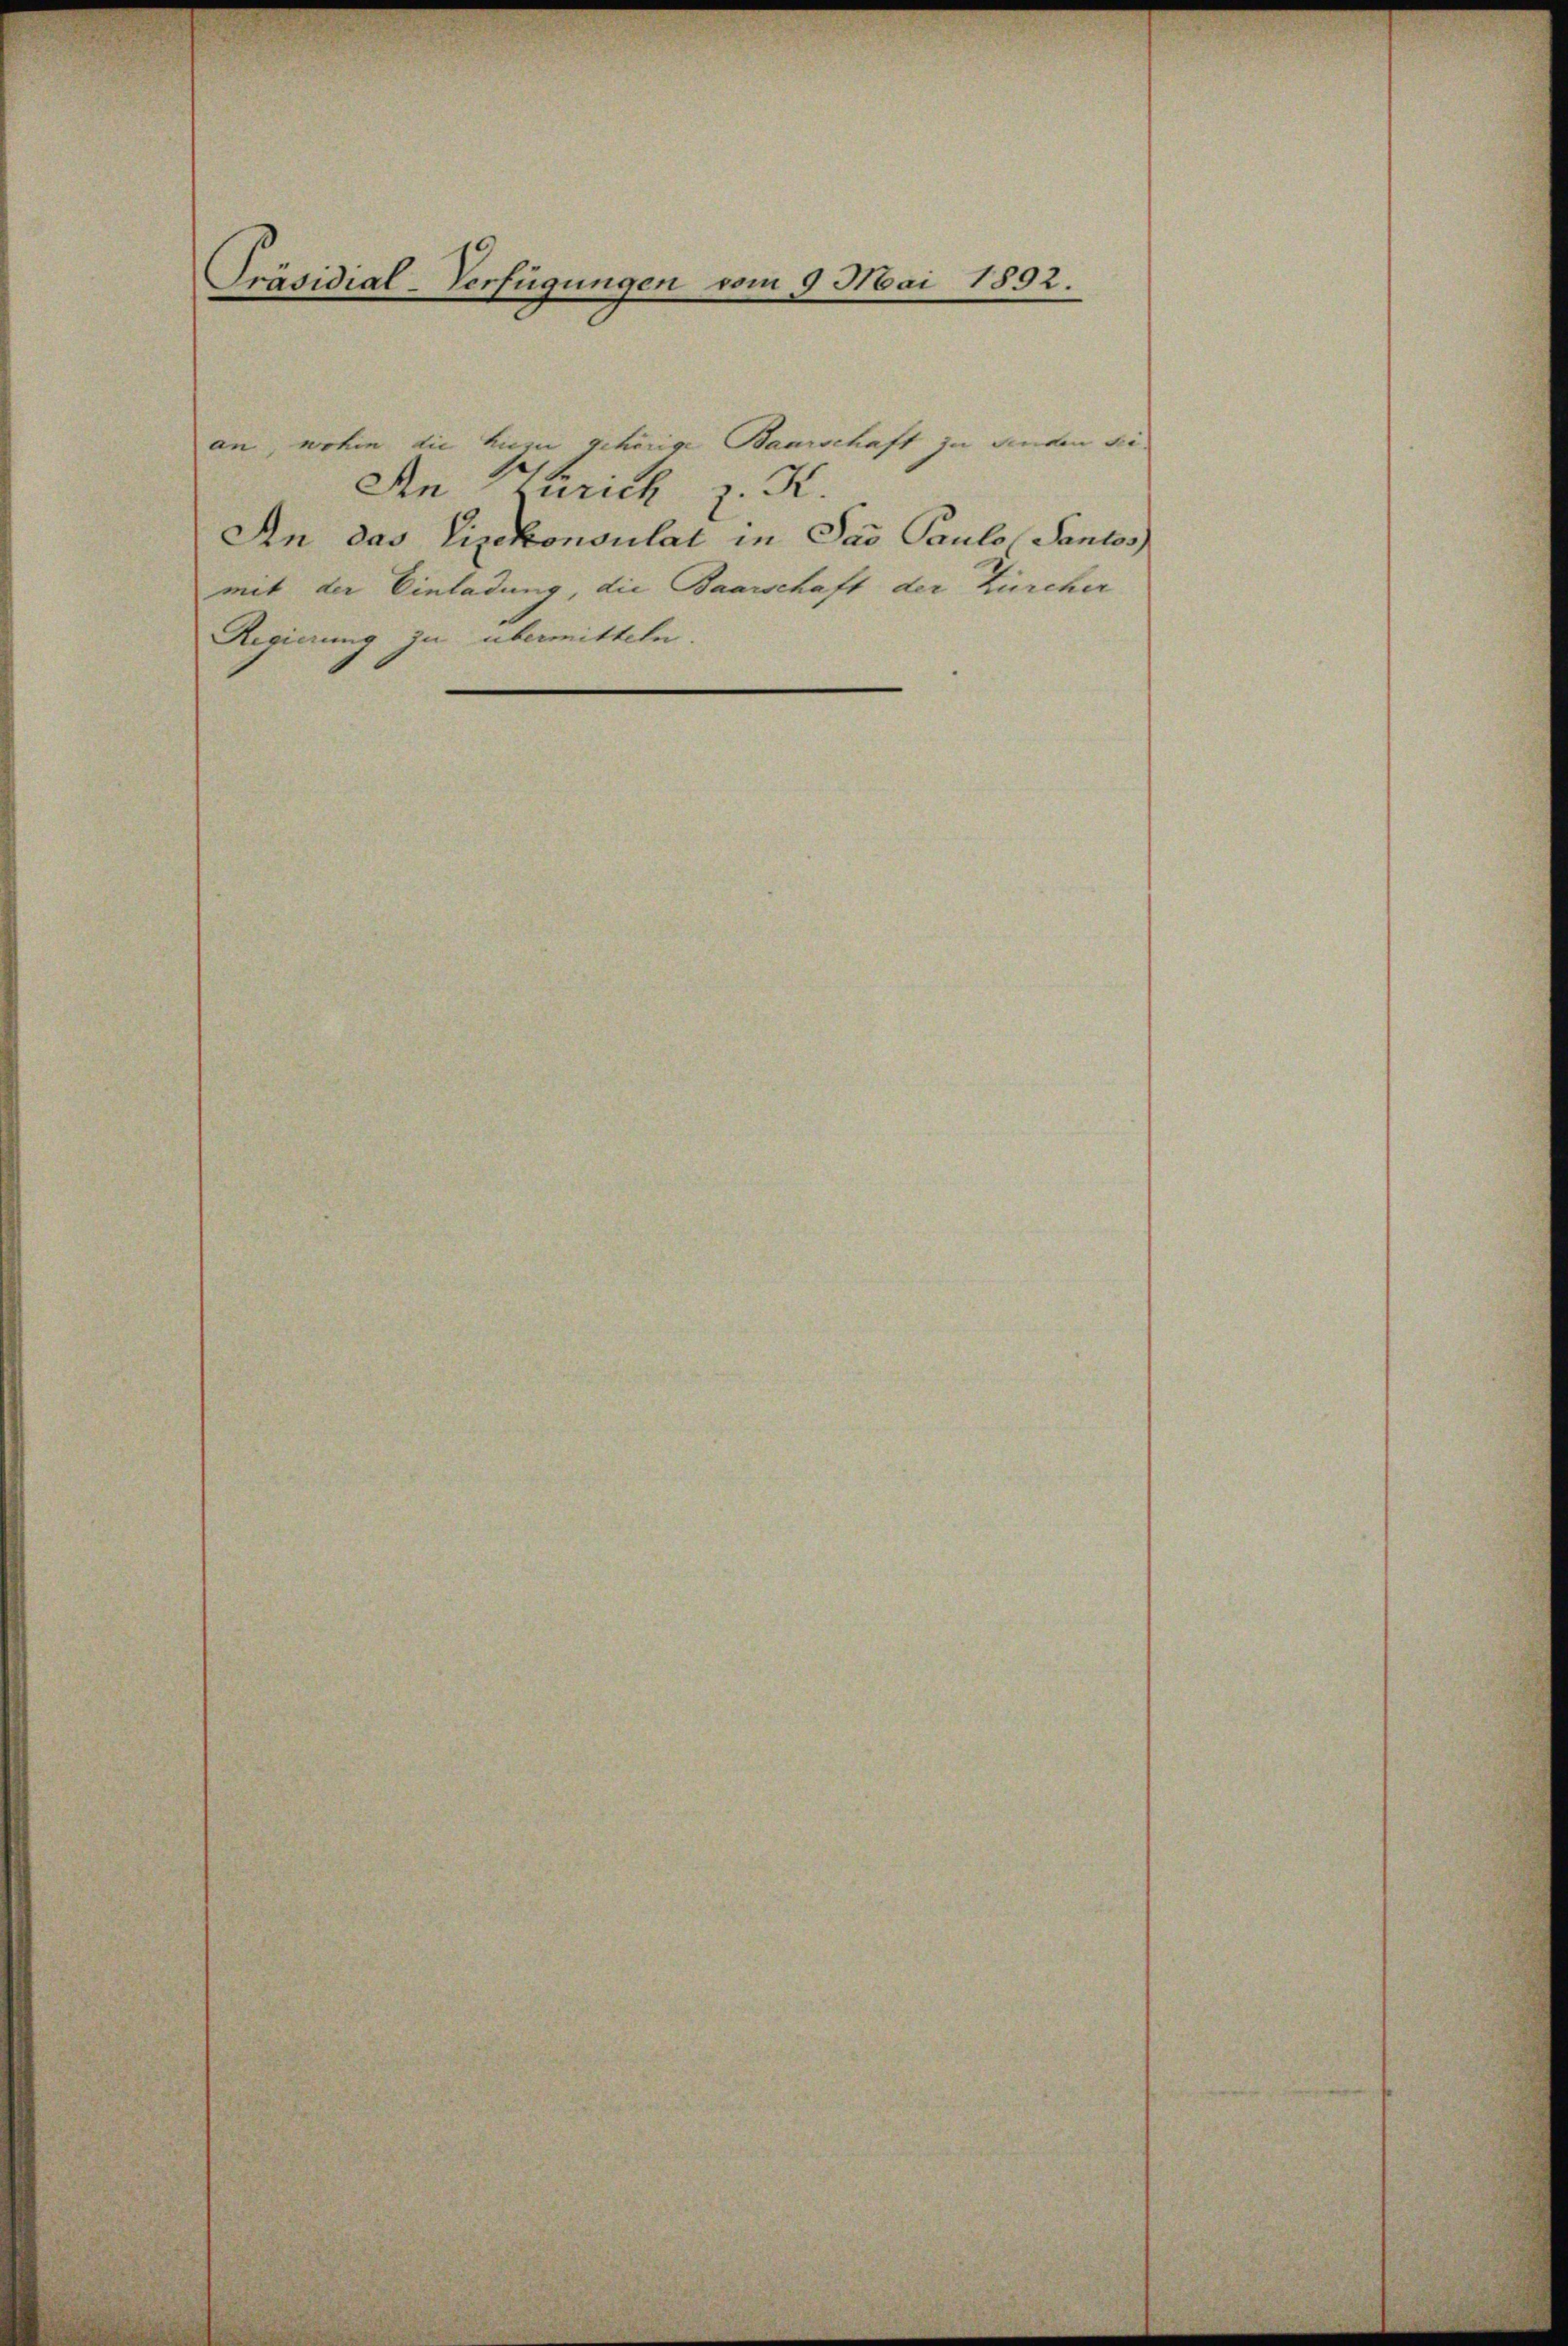
Präsidial-Verfügungen vom 9. Mai 1892.

an, wohin die hiezu gehörige Baurschaft zu senden sei
An Kurich z. K.
An das Vizekonsulat in Pas Pauls Pantos
mit der Einladung, die Baarschaft der Zürcher
Regierung zu übermitteln.